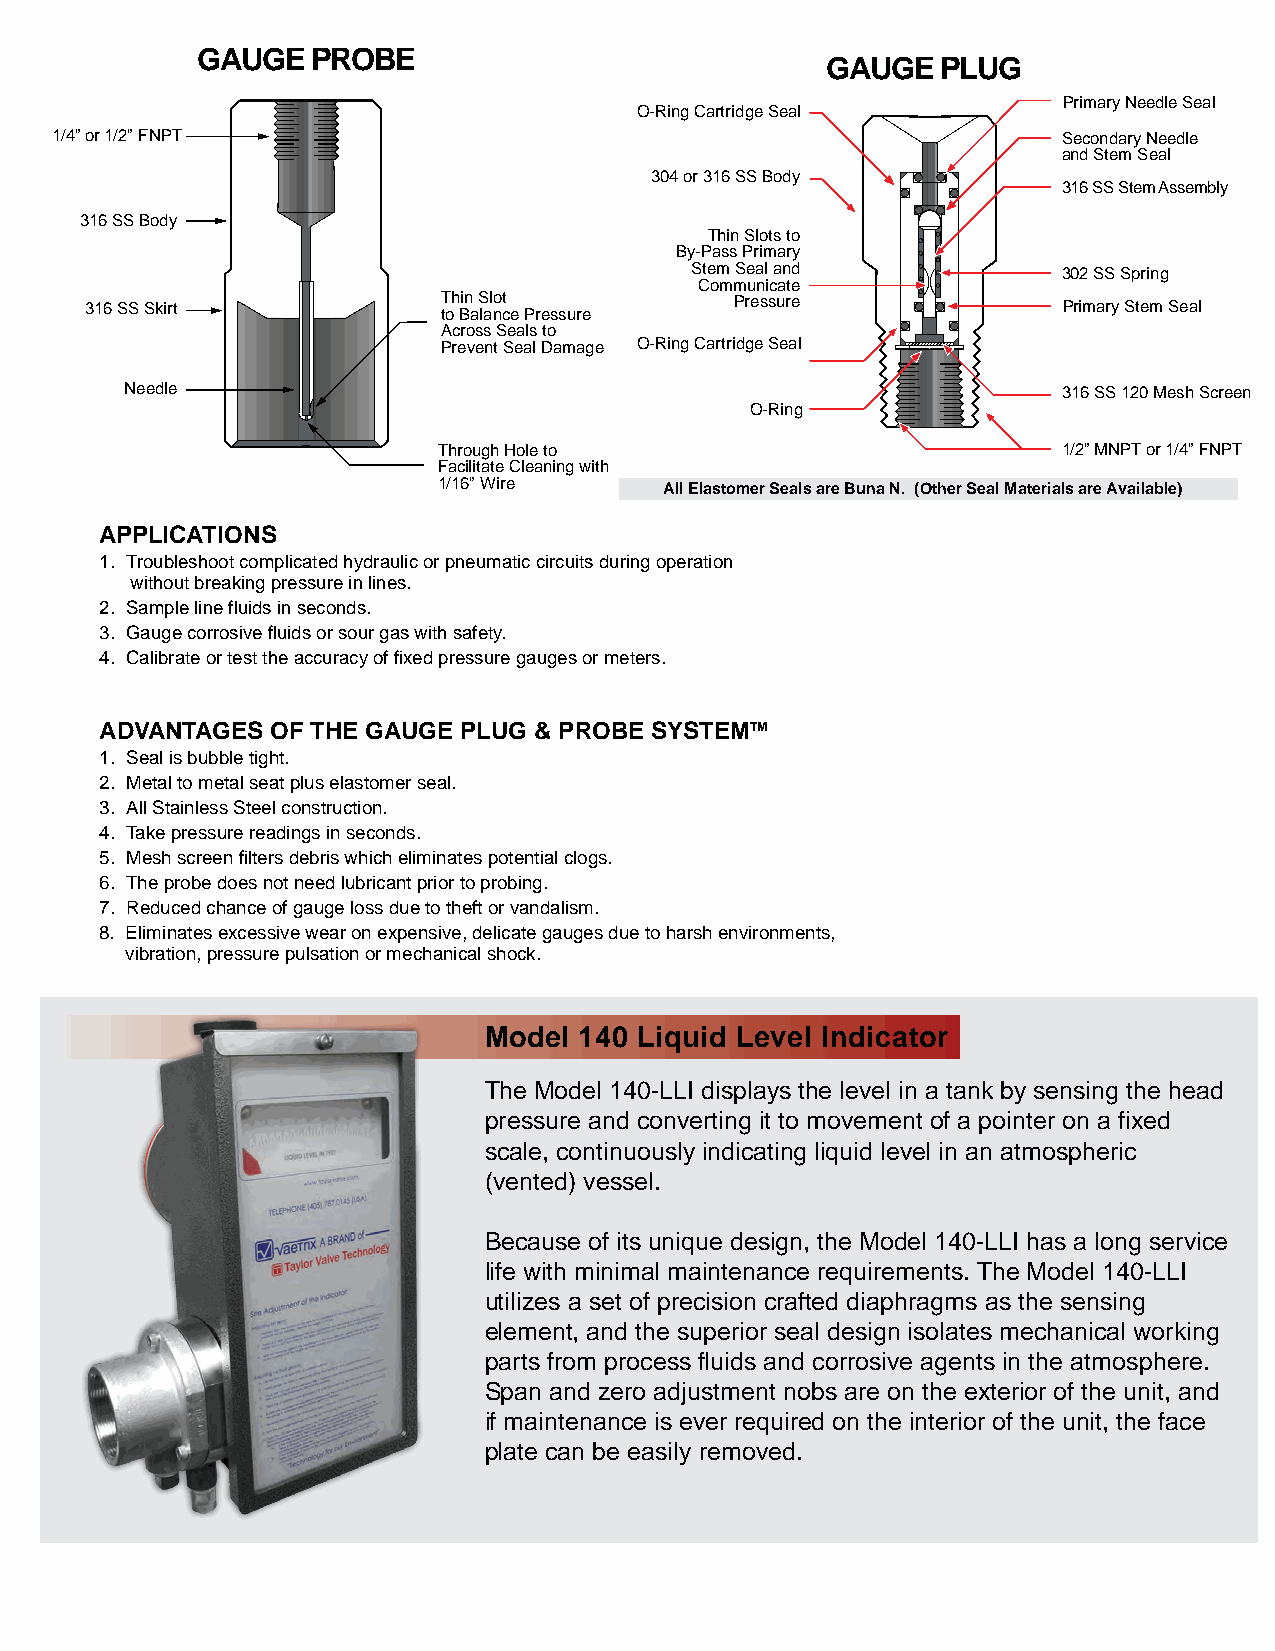
GAUGE   PROBE
 GAUGE  PLUG                                                          1600            SERIES
 Primary Needle Seal
 O-Ring Cartridge Seal
 1/4” or 1/2” FNPT                                                  Secondary Needle
 and Stem Seal                                         GAUGE  PLUG® & GAUGE  PROBE®  FITTINGS
 304 or 316 SS Body
 316 SS Stem Assembly
 316 SS Body
 Thin Slots to
 By-Pass Primary
 Stem Seal and           302 SS Spring
 Communicate
 316 SS Skirt           T toh Bin a S lalo nt c e Pressure Pressure Primary Stem Seal
 Across Seals to
 Prevent Seal Damage O-Ring Cartridge Seal
 Needle                                                        316 SS 120 Mesh Screen
 O-Ring
 Through Hole to                          1/2” MNPT or 1/4” FNPT
 Facilitate Cleaning with
 1/16” Wire     All Elastomer Seals are Buna N. (Other Seal Materials are Available)
 APPLICATIONS
 1. Troubleshoot complicated hydraulic or pneumatic circuits during operation
 without breaking pressure in lines.
 2. Sample line fluids in seconds.
 3. Gauge corrosive fluids or sour gas with safety.
 4. Calibrate or test the accuracy of fixed pressure gauges or meters.
 ADVANTAGES OF THE GAUGE PLUG & PROBE SYSTEMTM
 1. Seal is bubble tight.
 2. Metal to metal seat plus elastomer seal.
 3. All Stainless Steel construction.
 4. Take pressure readings in seconds.
 5. Mesh screen filters debris which eliminates potential clogs.
 6. The probe does not need lubricant prior to probing.
 7. Reduced chance of gauge loss due to theft or vandalism.
 8. Eliminates excessive wear on expensive, delicate gauges due to harsh environments,
 vibration, pressure pulsation or mechanical shock.
 A c  c u r a c y.
 Model 140 Liquid Level Indicator
 The Model 140-LLI displays the level in a tank by sensing the head
 pressure and converting it to movement of a pointer on a fixed
 scale, continuously indicating liquid level in an atmospheric
 (vented) vessel.
 Q   u a l i t y.
 Because of its unique design, the Model 140-LLI has a long service
 life with minimal maintenance requirements. The Model 140-LLI
 utilizes a set of precision crafted diaphragms as the sensing
 element, and the superior seal design isolates mechanical working
 parts from process fluids and corrosive agents in the atmosphere.
 Span and zero adjustment nobs are on the exterior of the unit, and
 if maintenance is ever required on the interior of the unit, the face
 S  i m p l i c i t y.
 plate can be easily removed.
 1958
 SINCE